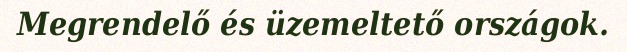
Megrendelő és üzemeltető országok.